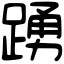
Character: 踴